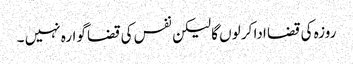
روزہ کی قضا ادا کر لوں گا لیکن نفس کی قضا گوارہ نہیں ۔